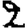
Digit: 2